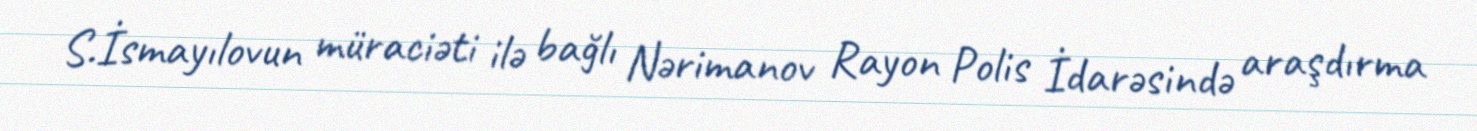
S.İsmayılovun müraciəti ilə bağlı Nərimanov Rayon Polis İdarəsində araşdırma